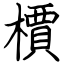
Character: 檟